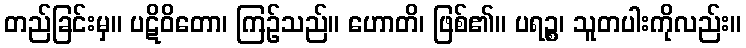
တည်ခြင်းမှ။ ပဋိဝိတော၊ ကြဉ်သည်။ ဟောတိ၊ ဖြစ်၏။ ပရဉ္စ၊ သူတပါးကိုလည်း။